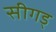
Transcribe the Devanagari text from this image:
सीगड्